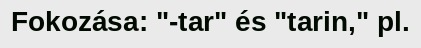
Fokozása: "-tar" és "tarin," pl.